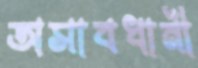
অসাবধানী